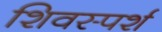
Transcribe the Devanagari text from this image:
शिवस्पर्श